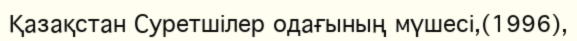
Қазақстан Суретшілер одағының мүшесі,(1996),